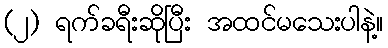
(၂) ရက်ခရီးဆိုပြီး အထင်မသေးပါနဲ့။